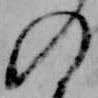
の